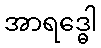
အာရဒ္ဓေါ